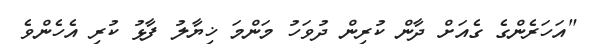
"އަހަރެންގެ ގެއަށް ދާން ކުރިން ދުވަހު މަންމަ ޚިޔާލު ފާޅު ކުރި އެހެންވެ